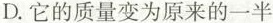
D.它的质量变为原来的一半